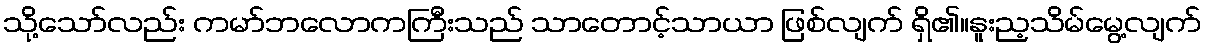
သို့သော်လည်း ကမာ်ဘလောကကြီးသည် သာတောင့်သာယာ ဖြစ်လျက် ရှိ၏။နူးည့သိမ်မွေ့လျက်